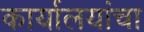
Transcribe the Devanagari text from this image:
कार्यालयांचा